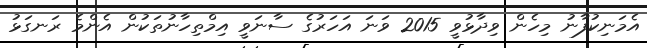
އެމަނިކުފާނު މިހެން ވިދާޅުވީ 2015 ވަނަ އަހަރުގެ ސާނަވީ އިމްތިހާނުތަކުން އެންމެ ރަނގަޅު